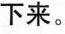
写下来。